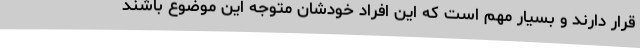
قرار دارند و بسیار مهم است که این افراد خودشان متوجه این موضوع باشند